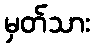
မှတ်သား